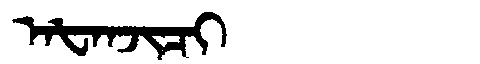
Manchu: ᠠᡶᠠᠨᠵᡳᠴᡳ
Romanization: AFANJICI